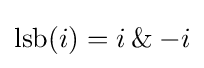
\operatorname {lsb} (i)=i\mathbin {\&} -i